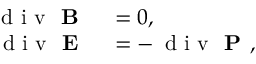
\begin{array} { r l } { \, \mathrm { ~ d ~ i ~ v ~ } \textbf { B } } & { { } = 0 , } \\ { \, \mathrm { ~ d ~ i ~ v ~ } \textbf { E } } & { { } = - \, \mathrm { ~ d ~ i ~ v ~ } \textbf { P } , } \end{array}